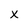
Character: x